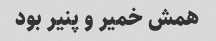
همش خمیر و پنیر بود